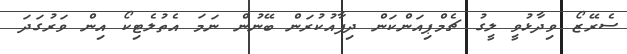
ސެރޭޒޯ ވިދާޅުވީ ލީގު ޗެމްޕިއަންކަން ދިފާއުކުރަން ބޭނުން ނަމަ އެތުލެޓިކޯ އިން ވަރުގަދަ